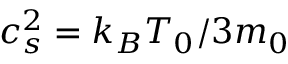
c _ { s } ^ { 2 } = k _ { B } T _ { 0 } / 3 m _ { 0 }